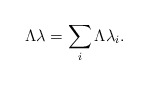
\begin{align*}\Lambda\lambda=\sum_i \Lambda \lambda_i.\end{align*}